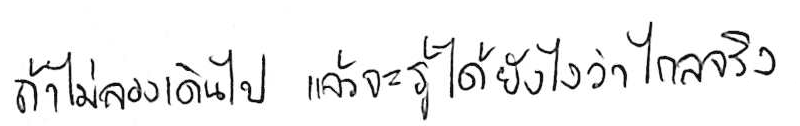
ถ้าไม่ลองเดินไป แล้วจะรู้ได้ยังไงว่าไกลจริง